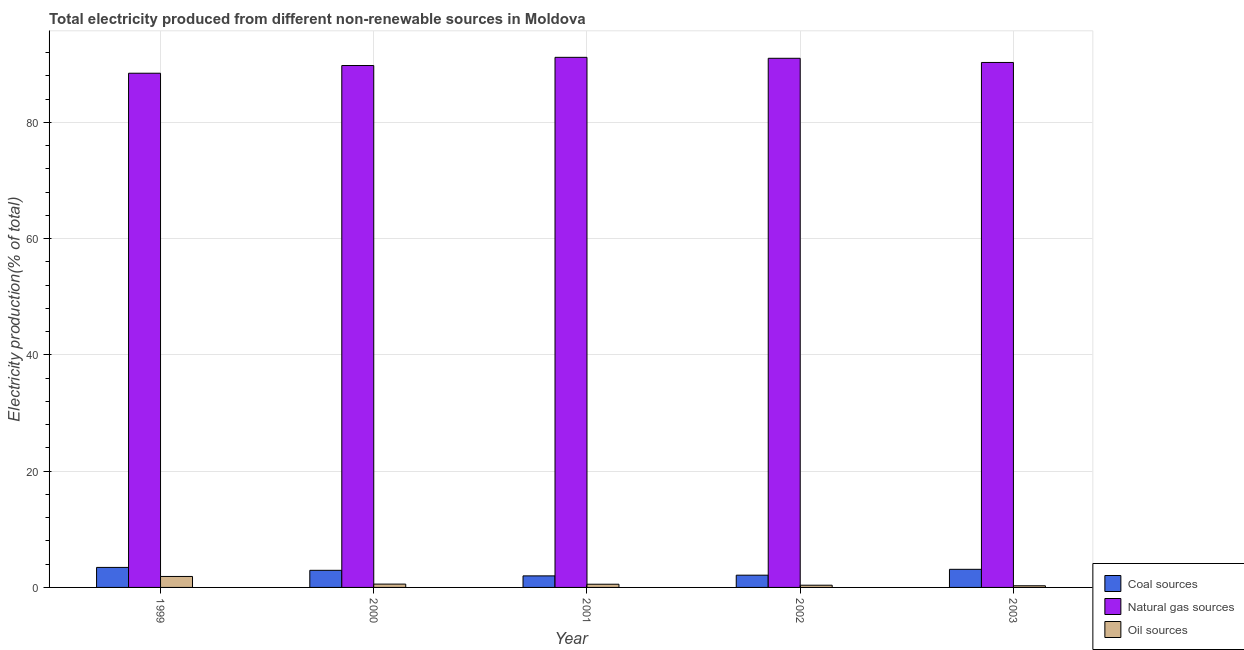
| Year | Coal sources | Natural gas sources | Oil sources |
 | --- | --- | --- | --- |
 | 1999 | 3.44 | 88.4 | 1.89 |
 | 2000 | 2.94 | 89.8 | 0.571 |
 | 2001 | 1.99 | 91.2 | 0.551 |
 | 2002 | 2.11 | 91 | 0.38 |
 | 2003 | 3.12 | 90.3 | 0.285 |